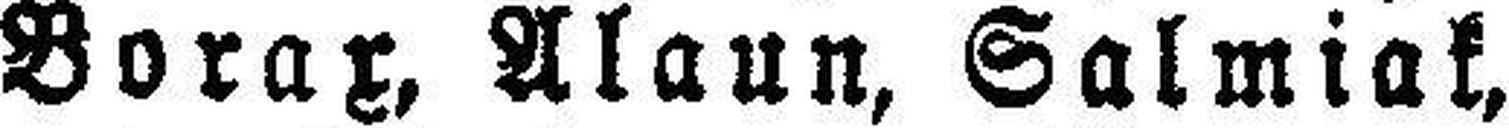
Borax, Alaun, Salmiak,